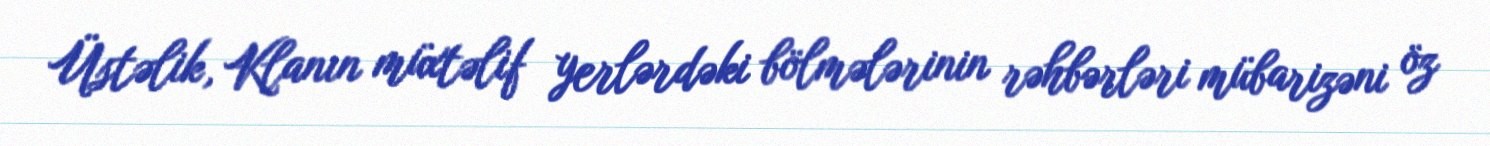
Üstəlik, Klanın müxtəlif yerlərdəki bölmələrinin rəhbərləri mübarizəni öz